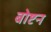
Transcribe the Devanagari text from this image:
बोष्टन